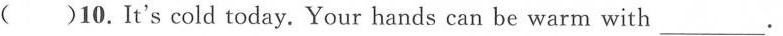
( )10.It's cold today. Your hands can be warm with ___